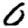
Digit: 0